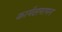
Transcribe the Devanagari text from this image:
कार्यसमापन